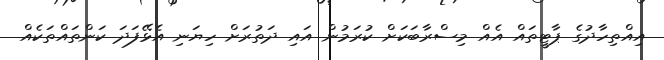
އިއްތިހާދުގެ ޕާޓީތައް އެއް މިސްރާބަކަށް ކުރަމުން އައި ދަތުރަށް ހިޔަނި އެޅޭފަދަ ކަންތައްތަކެއް